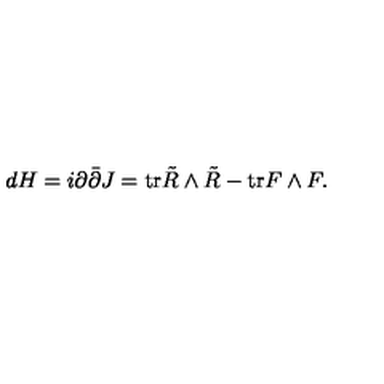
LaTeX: d H = i \partial \bar { \partial } J = \mathrm { t r } \tilde { R } \wedge \tilde { R } - \mathrm { t r } F \wedge F .